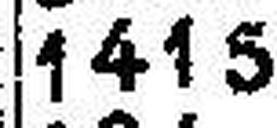
1415